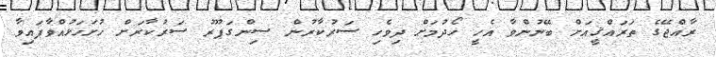
ރާއްޖޭގެ ތަރައްޤީއަށް ބޭނުންވާ އެހީ ހޯދުމަށް ދިވެހި ސަރުކާރުން ސިންގަޕޫރު ސަރުކާރަށް ހުށަހަޅުއްވާފައިވާ